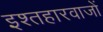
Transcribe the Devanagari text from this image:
इश्तहारवाजों